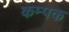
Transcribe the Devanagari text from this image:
कम्पक